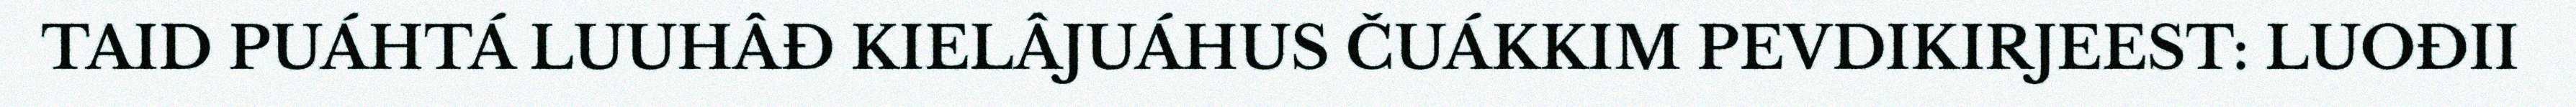
TAID PUÁHTÁ LUUHÂĐ KIELÂJUÁHUS ČUÁKKIM PEVDIKIRJEEST: LUOĐII